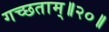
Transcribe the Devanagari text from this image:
गच्छताम्‌॥२०॥